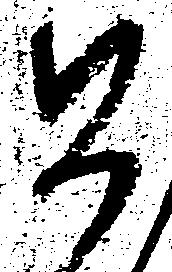
如